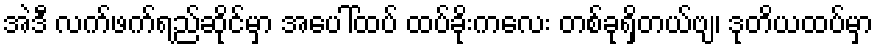
အဲဒီ လက်ဖက်ရည်ဆိုင်မှာ အပေါ်ထပ် ထပ်ခိုးကလေး တစ်ခုရှိတယ်ဗျ၊ ဒုတိယထပ်မှာ